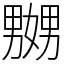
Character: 嬲